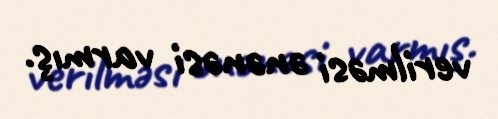
verilməsi ənənəsi varmış.